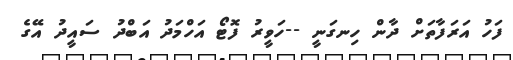
ފަހު އަރަފާތަށް ދާން ހިނގަނީ --ހަވީރު ފޮޓޯ އަހްމަދު އަބްދު ސައީދު އޭގެ